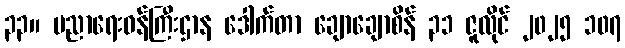
၃၃။ ပညာရေးဝန်ကြီးဌာန ဒေါက်တာ ချောချောစိန် ၃၁ ဇူလိုင် ၂၀၂၅ ၁၀၇